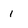
Character: I